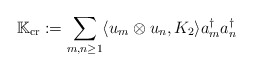
\begin{align*} \mathbb{K_{\rm cr}}:= \sum_{m,n\ge 1} \langle u_m \otimes u_n, K_2 \rangle a_m^\dagger a_n^\dagger\end{align*}